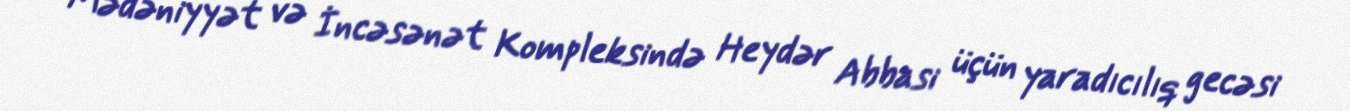
Mədəniyyət və İncəsənət Kompleksində Heydər Abbasi üçün yaradıcılıq gecəsi